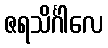
ဇရသိင်္ဂါလေ